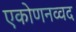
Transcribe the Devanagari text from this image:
एकोणनव्वद